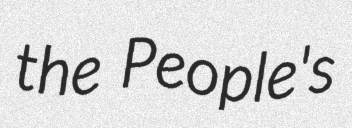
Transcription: the People's